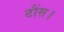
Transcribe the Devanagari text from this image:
टौंस।